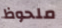
ملحوظ